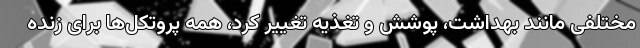
مختلفی مانند بهداشت، پوشش و تغذیه تغییر کرد، همه پروتکل‌ها برای زنده